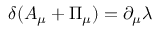
\delta ( { \cal A } _ { \mu } + { \Pi } _ { \mu } ) = \partial _ { \mu } \lambda